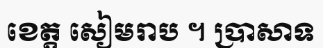
ខេត្ត សៀមរាប ។ ប្រាសាទ